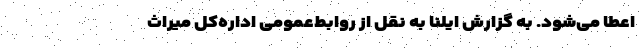
اعطا می‌شود. به گزارش ایلنا به نقل از روابط‌عمومی اداره‌کل میراث‌